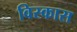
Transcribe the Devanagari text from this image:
विस्कास